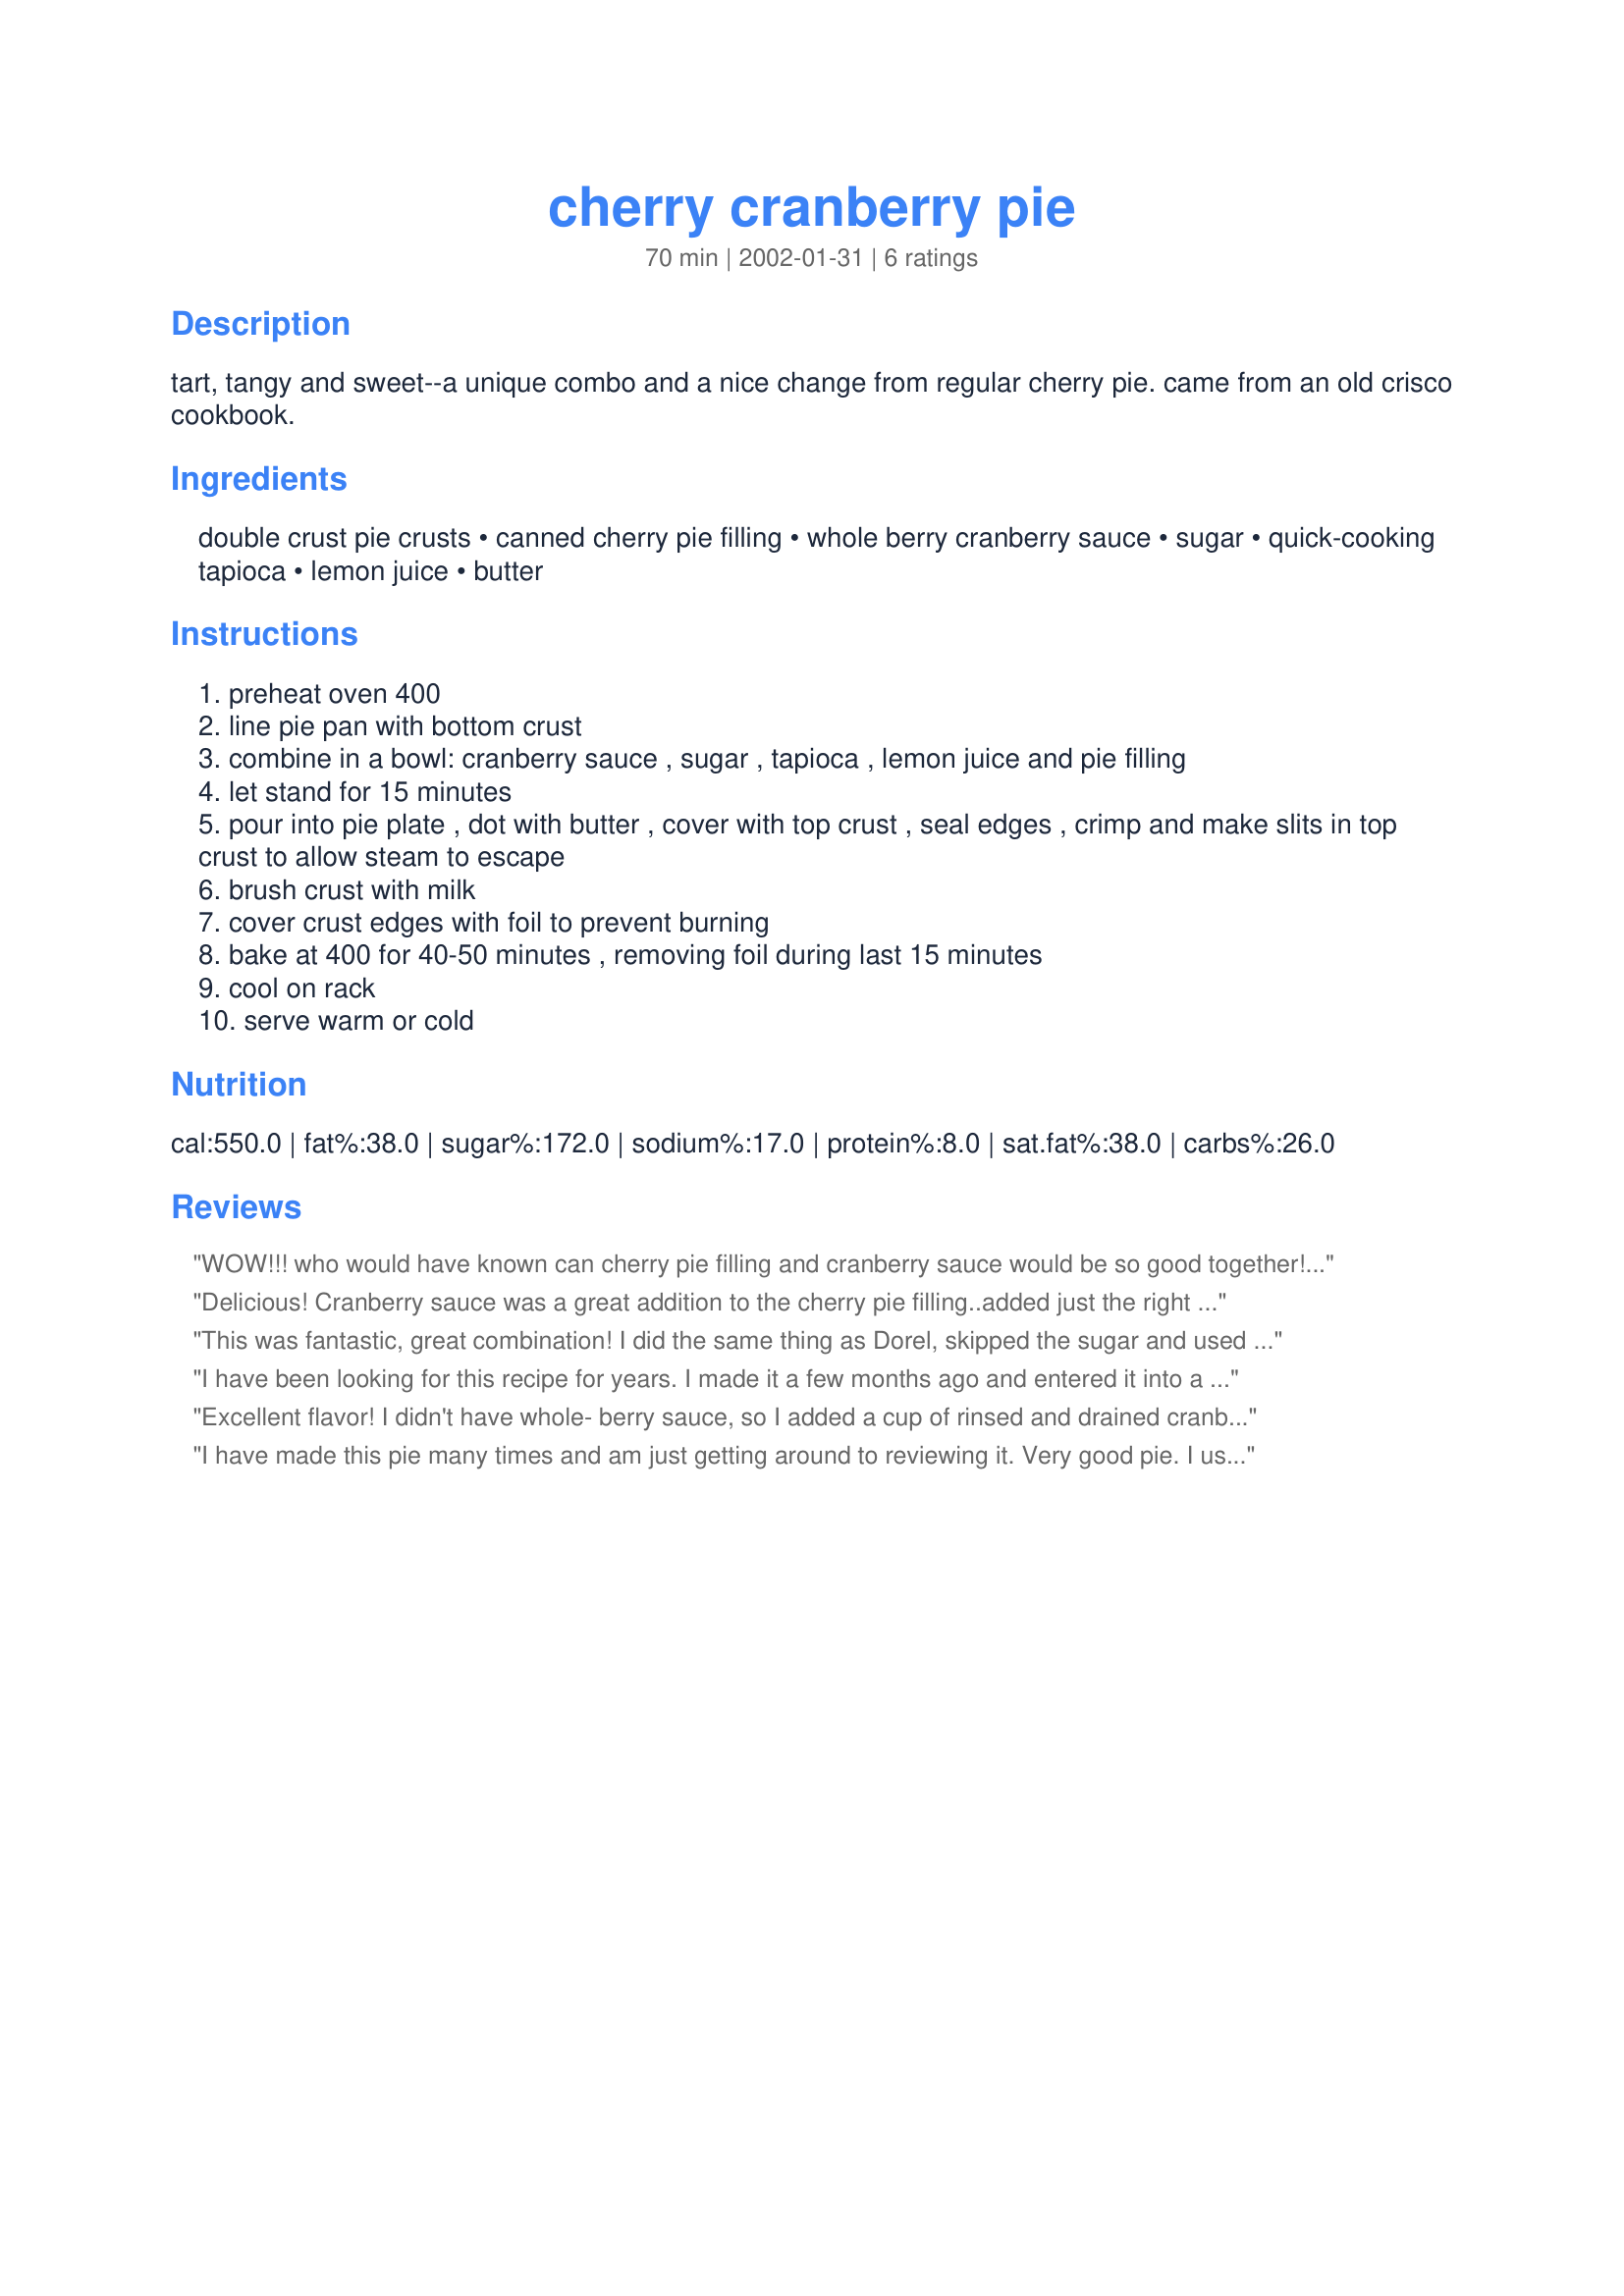
cherry cranberry pie
Preparation time: 70 minutes

tart, tangy and sweet--a unique combo and a nice change from regular cherry pie. came from an old crisco cookbook.

Ingredients:
double crust pie crusts, canned cherry pie filling, whole berry cranberry sauce, sugar, quick-cooking tapioca, lemon juice, butter

Steps:
preheat oven 400
line pie pan with bottom crust
combine in a bowl: cranberry sauce , sugar , tapioca , lemon juice and pie filling
let stand for 15 minutes
pour into pie plate , dot with butter , cover with top crust , seal edges , crimp and make slits in top crust to allow steam to escape
brush crust with milk
cover crust edges with foil to prevent burning
bake at 400 for 40-50 minutes , removing foil during last 15 minutes
cool on rack
serve warm or cold

Reviews:
WOW!!! who would have known can cherry pie filling and cranberry sauce would be so good together! The only change I made was to put 1 tablespoon lemon juice in and leave out the sugar as we like our pies tart. It came out tasting delicious. Thanks IB for a great recipe.
Delicious! Cranberry sauce was a great addition to the cherry pie filling..added just the right amount of tartness. So easy and fast. Thanks IronBloomers for a wonderful & pretty pie.
This was fantastic, great combination! I did the same thing as Dorel, skipped the sugar and used 1 tablespoon of lemon juice. I also added 2 tablespoons of chopped candied ginger to the filling. This will definitely be made often. Thanks IB!
I have been looking for this recipe for years. I made it a few months ago and entered it into a pie baking contest at church...it WON! I plan on making it for Thanksgiving this year
Excellent flavor! I didn't have whole- berry sauce, so I added a cup of rinsed and drained cranberries. Have made it at least 4 times, but forgot to thank you.
I have made this pie many times and am just getting around to reviewing it. Very good pie. I use Deb Wolf's tip and use rinsed/drained fresh cranberries (after all, I live in Wisconsin, the cranberry capitol of the world, lol.) It works out very well this way. This recipe helped me win my wife back after she had left me and moved to Canada for six months, and if that isn't a positive review, you try.
